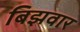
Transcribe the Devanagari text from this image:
बिझवार